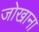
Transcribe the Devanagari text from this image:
जोखाना